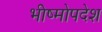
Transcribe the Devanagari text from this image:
भीष्मोपदेश